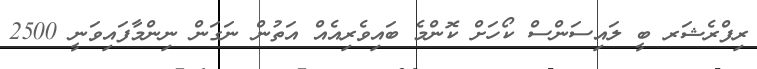
ރިފްރެޝަރ ބީ ލައިސަންސް ކޯހަށް ކޮންމެ ބައިވެރިއެއް އަތުން ނަގަން ނިންމާފައިވަނީ 2500